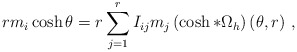
\begin{align*}rm_{i}\cosh \theta =r\sum\limits_{j=1}^{r}I_{ij}m_{j}\left( \cosh *\Omega_{h}\right) (\theta ,r)\,\,,\end{align*}